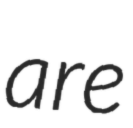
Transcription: are